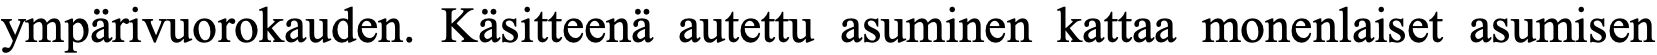
ympärivuorokauden. Käsitteenä autettu asuminen kattaa monenlaiset asumisen